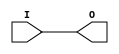
module IBUFG_LVDCI_33 (O, I);

    output O;

    input  I;

	buf B1 (O, I);


endmodule